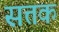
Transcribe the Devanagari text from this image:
सत्तक